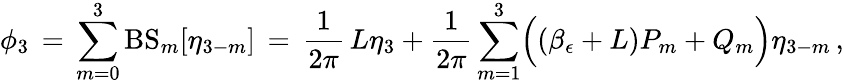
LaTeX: \phi_{3}\, =\, \sum_{m=0}^{3}\mathrm{BS}_{m}[\eta_{3-m}]\, =\, \frac{1}{2\pi}\, L\eta_{3}+\frac{1}{2\pi}\sum_{m=1}^{3}\Bigl((\beta_{\epsilon}+L)P_{m}+Q_{m}\Bigr)\eta_{3-m}\, ,